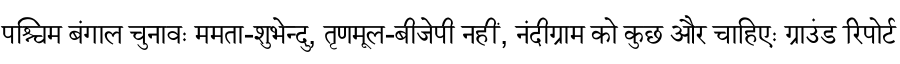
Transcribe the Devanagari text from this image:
पश्चिम बंगाल चुनावः ममता-शुभेन्दु, तृणमूल-बीजेपी नहीं, नंदीग्राम को कुछ और चाहिएः ग्राउंड रिपोर्ट